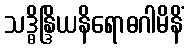
သဒ္ဓိန္ဒြိယနိရောဓဂါမိနိံ